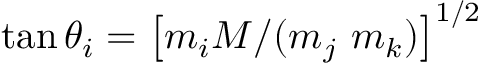
\tan \theta _ { i } = \left[ m _ { i } M / ( m _ { j } \ m _ { k } ) \right] ^ { 1 / 2 }